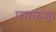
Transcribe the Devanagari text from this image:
पराकष्ठा